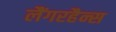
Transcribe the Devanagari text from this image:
लैंगरहैन्स